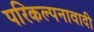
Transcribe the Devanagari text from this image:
परिकल्पनावादी